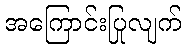
အကြောင်းပြုလျက်